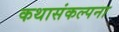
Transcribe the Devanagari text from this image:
कथासंकल्पना